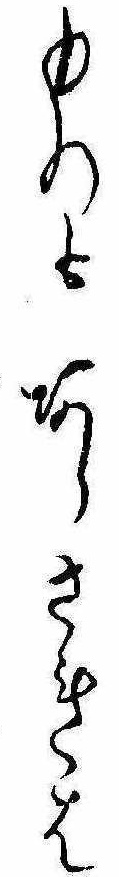
ものもあらされは